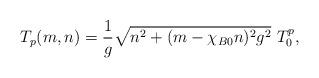
LaTeX: \begin{align*}T_p (m, n) = \frac{1}{g} \sqrt{n^2 + (m - \chi_{B0} n)^2 g^2}~ T^p_0,\end{align*}